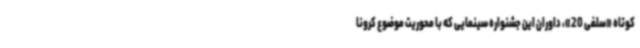
کوتاه «سلفی 20»، داوران این جشنواره سینمایی که با محوریت موضوع کرونا